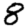
Digit: 8